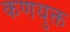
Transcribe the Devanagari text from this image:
कणयुक्त